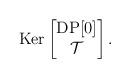
LaTeX: \begin{align*}\operatorname{Ker}\begin{bmatrix} \operatorname{DP[0]} \\ \mathcal{T} \end{bmatrix}.\end{align*}